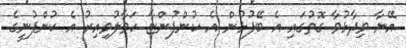
އޭނާ ވިދާޅުވާ ގޮތުގައި އެ ބޭފުޅުން އެ ކުންފުންޏާ ހަވާލުވިއިރު އެ ކުންފުނީގެ